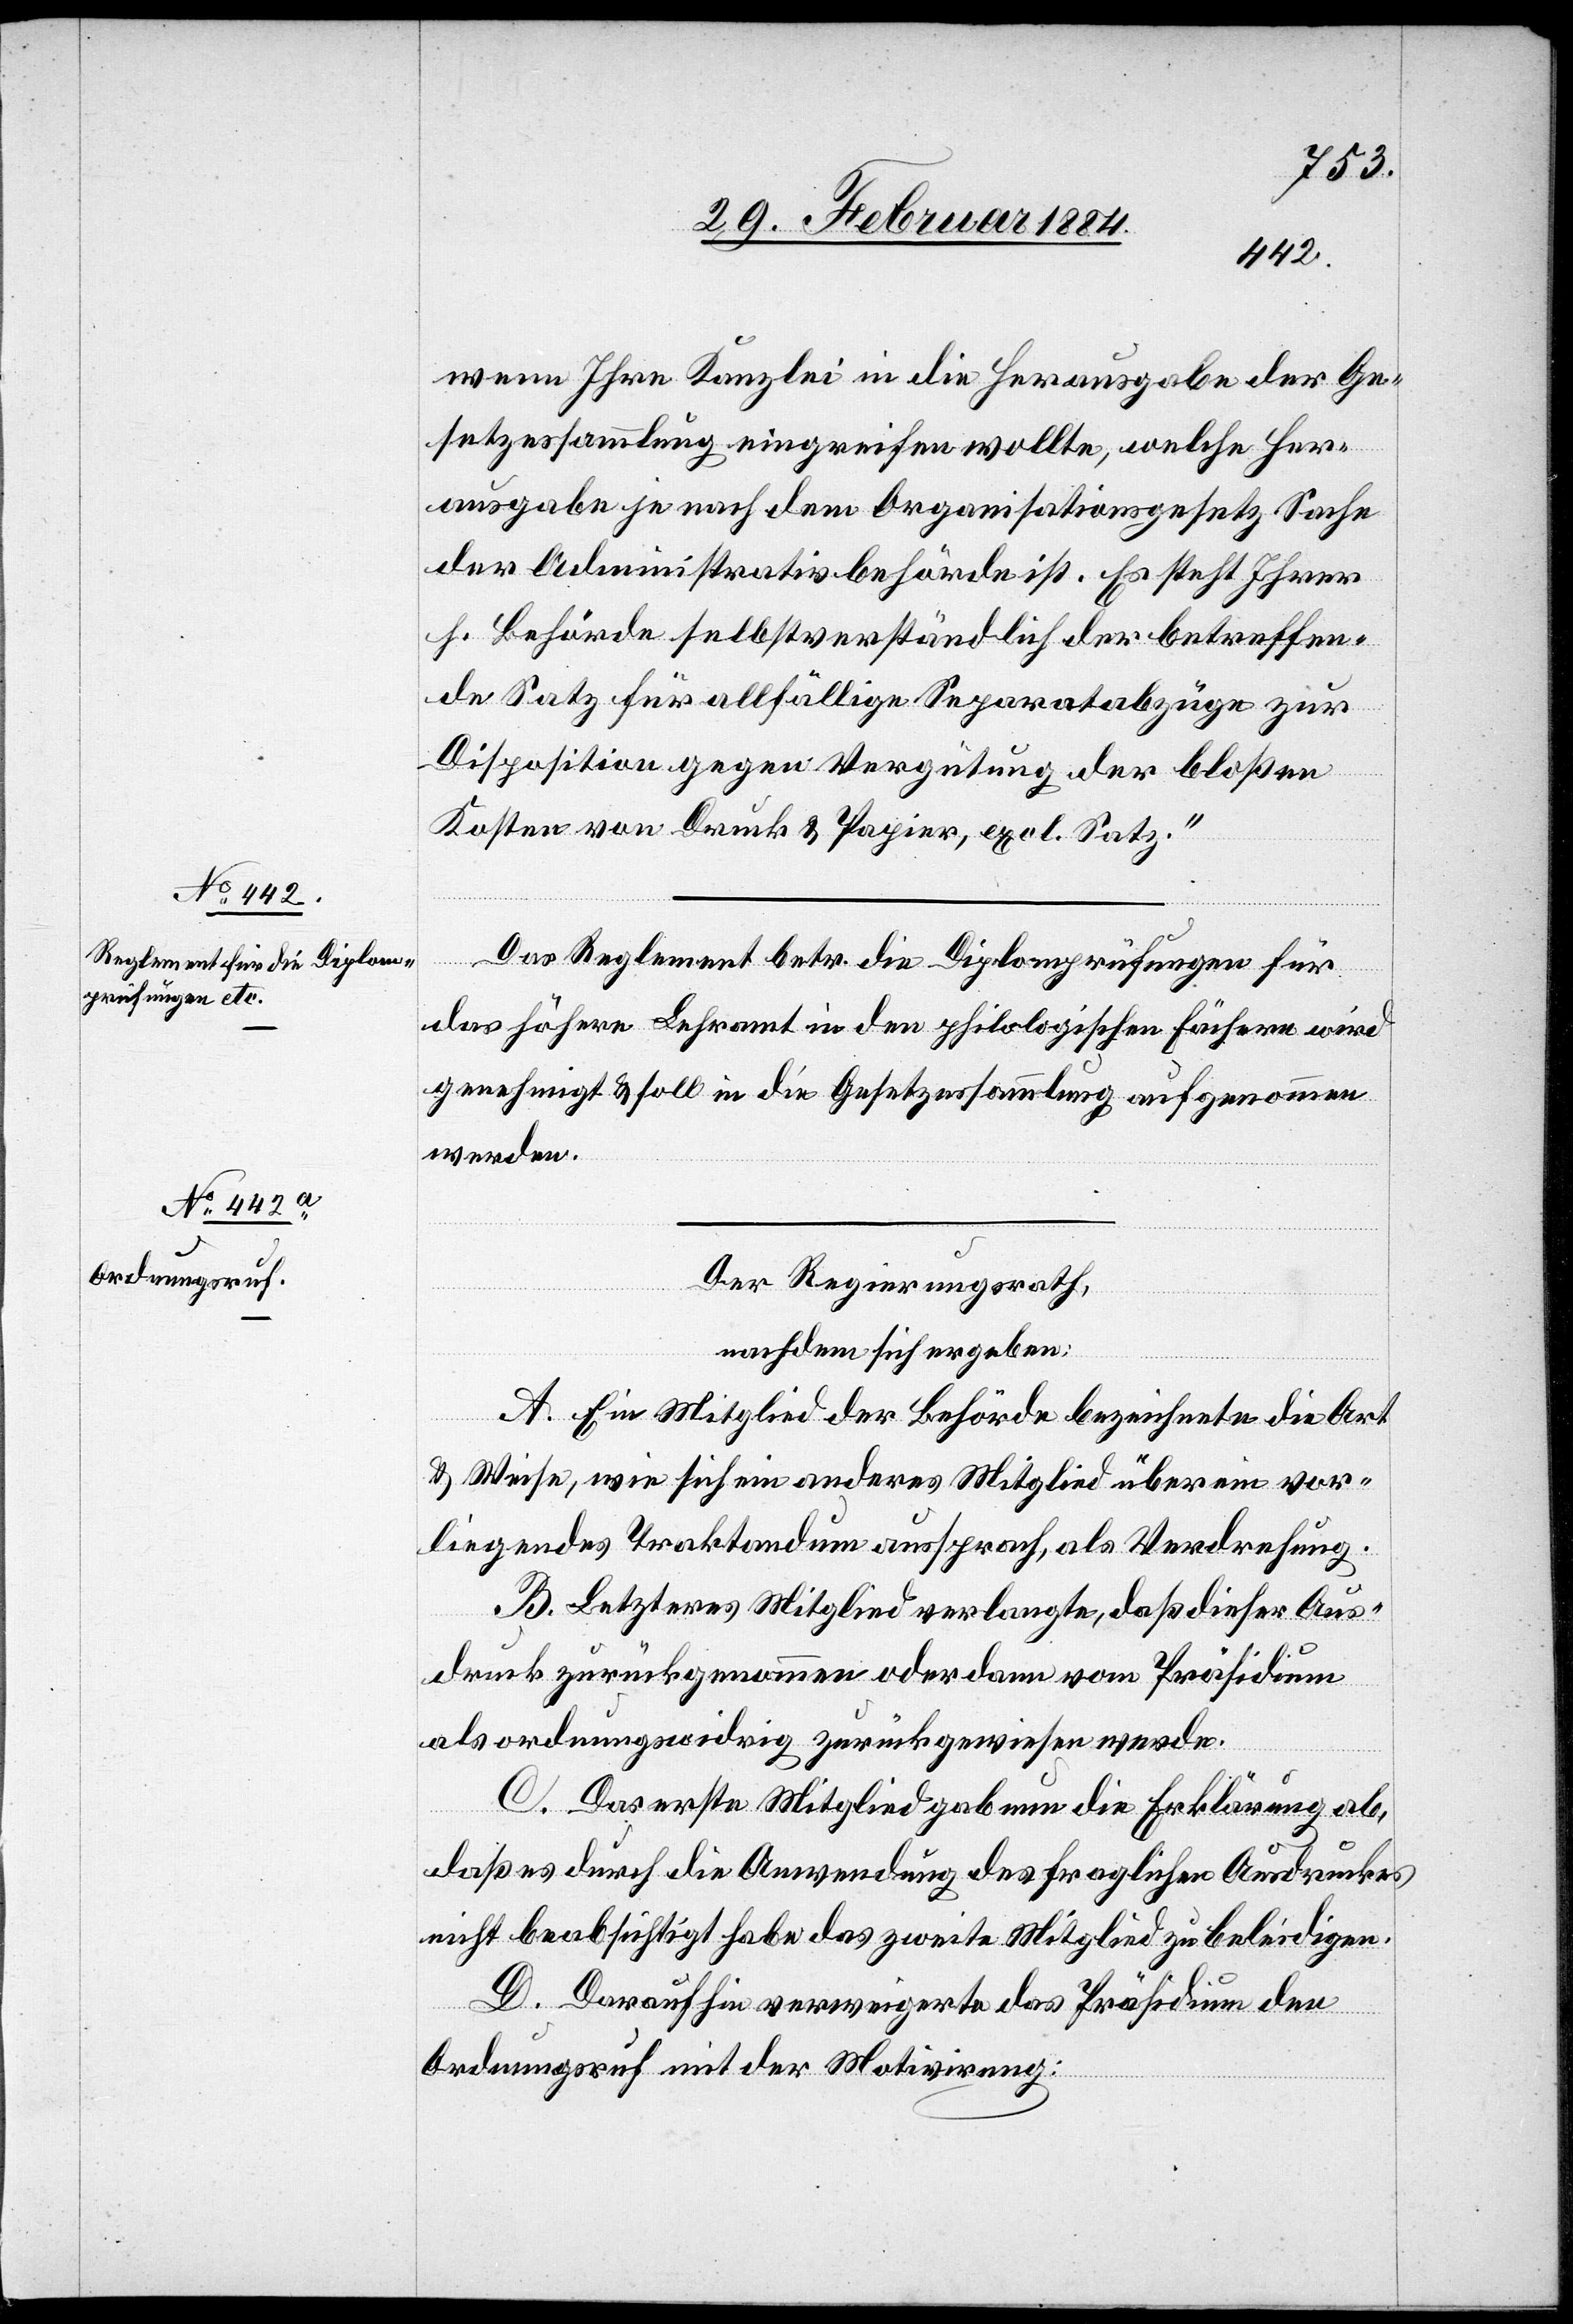
wenn Ihre Kanzlei in die Herausgabe der Ge¬
setzessammlung eingreifen wollte, welche Her¬
ausgabe je nach dem Organisationsgesetz Sache
der Administrativbehörde ist. Es steht Ihrer
h. Behörde selbstverständlich der betreffen¬
de Satz für allfällige Separatabzüge zur
Disposition gegen Vergütung der bloßen
Kosten von Druck & Papier, excl. Satz.“
Das Reglement betr. die Diplomprüfungen für
das höhere Lehramt in den philologischen Fächern wird
genehmigt & soll in die Gesetzessammlung aufgenommen
werden.
Der Regierungsrath,
nachdem sich ergeben:
A. Ein Mitglied der Behörde bezeichnete die Art
& Weise, wie sich ein anderes Mitglied über ein vor¬
liegendes Traktandum aussprach, als Verdrehung.
B. Letzteres Mitglied verlangte, daß dieser Aus¬
druck zurückgenommen oder dann vom Präsidium
als ordnungswidrig zurückgewiesen werde.
C. Das erste Mitglied gab nun die Erklärung ab,
daß es durch die Anwendung des fraglichen Ausdruckes
nicht beabsichtigt habe das zweite Mitglied zu beleidigen.
D. Daraufhin verweigerte das Präsidium den
Ordnungsruf mit der Motivirung: